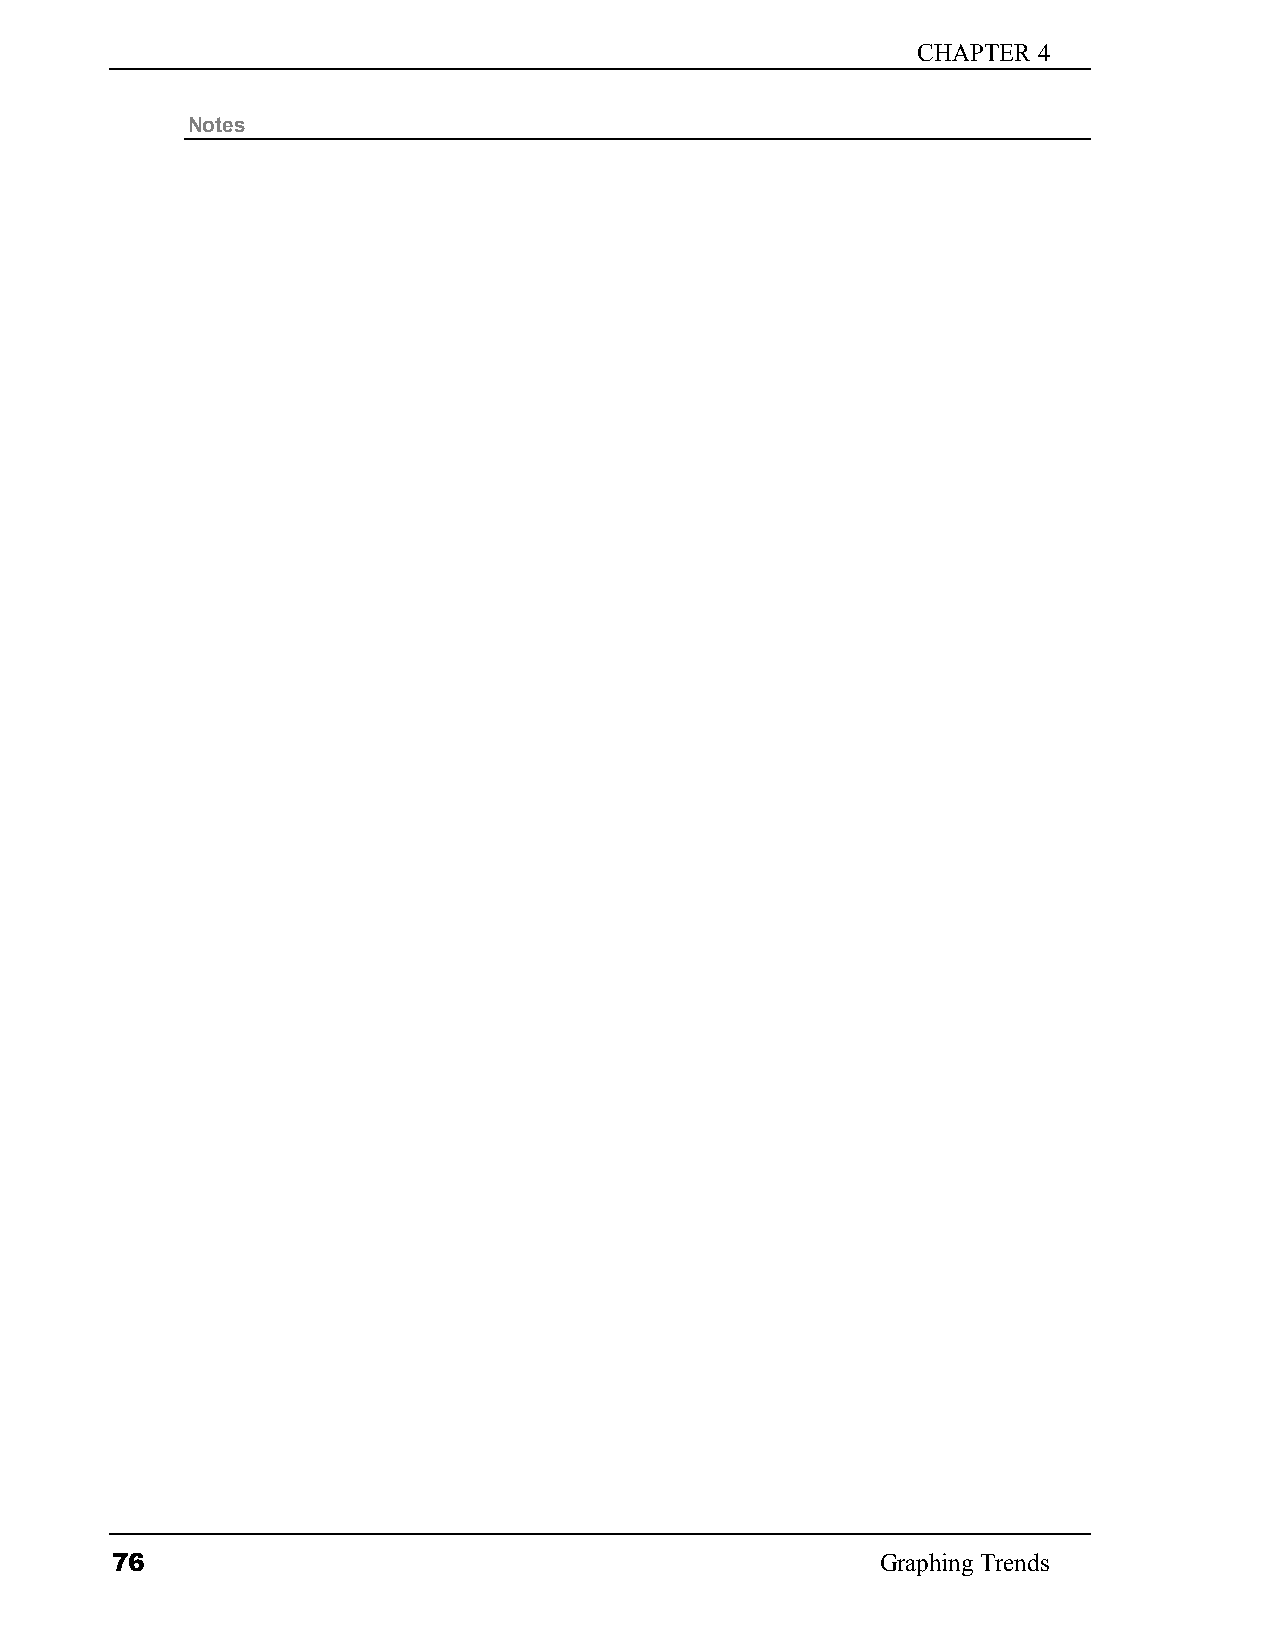
CHAPTER 4
 Notes
 76                                                 Graphing Trends